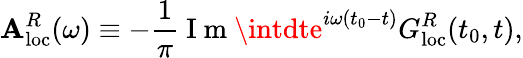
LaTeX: \mathbf{A}_{\mathrm{{loc}}}^{R}(\omega)\equiv-\frac{{1}}{{\pi}}\mathrm{{~I~m~}}\intdte^{i\omega(t_{0}-t)}G_{\mathrm{{loc}}}^{R}(t_{0},t),